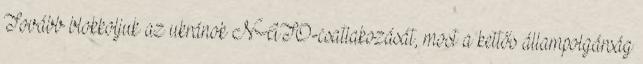
Tovább blokkoljuk az ukránok NATO-csatlakozását, most a kettős állampolgárság